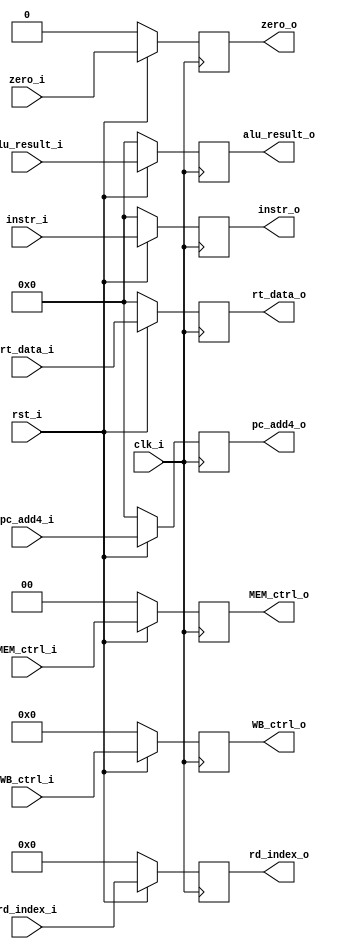
`timescale 1ns/1ps

module EXEMEM_register(
    input clk_i,
    input rst_i,
    input [31:0] instr_i, 
    input [1:0] MEM_ctrl_i, // MemRead & MemWclearrite
    input [3:0] WB_ctrl_i, // MemtoReg & RegWrite & Jump (for jal && jalr) ?
	input zero_i,
	input [31:0] alu_result_i,
    input [31:0] rt_data_i,
	input [4:0] rd_index_i,
	input [31:0] pc_add4_i,

    output reg [31:0] instr_o, 
    output reg [1:0] MEM_ctrl_o,
    output reg [3:0] WB_ctrl_o, 
	output reg zero_o,
	output reg [31:0] alu_result_o,
    output reg [31:0] rt_data_o,
	output reg [4:0] rd_index_o,
	output reg [31:0] pc_add4_o
);

    always@(posedge clk_i)begin
        if(~rst_i)begin
            instr_o <= 32'd0 ; 
            MEM_ctrl_o <= 2'd0 ; 
            WB_ctrl_o <= 4'd0 ; 
            zero_o <= 1'd0 ; 
            alu_result_o <= 32'd0 ;  
            rt_data_o <= 32'd0 ; 
            rd_index_o <= 5'd0 ; 
            pc_add4_o <= 32'd0 ;  
        end
        else begin
            instr_o <= instr_i ; 
            MEM_ctrl_o <= MEM_ctrl_i ; 
            WB_ctrl_o <= WB_ctrl_i ; 
            zero_o <= zero_i ; 
            alu_result_o <= alu_result_i ;  
            rt_data_o <= rt_data_i ;
            rd_index_o <= rd_index_i ;
            pc_add4_o <= pc_add4_i ;
        end
    end

endmodule